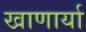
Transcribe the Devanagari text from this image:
खाणार्या